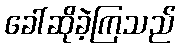
ခေါ်ဆိုခဲ့ကြသည်